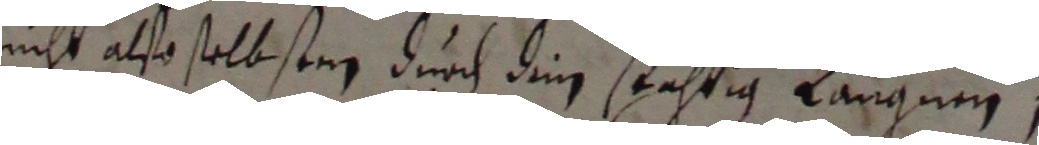
nicht also selbsten durch dim srahtig laugnen,